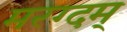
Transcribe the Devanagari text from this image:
मरग्दम्